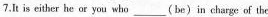
7.It is either he or you who___(be)in charge of the